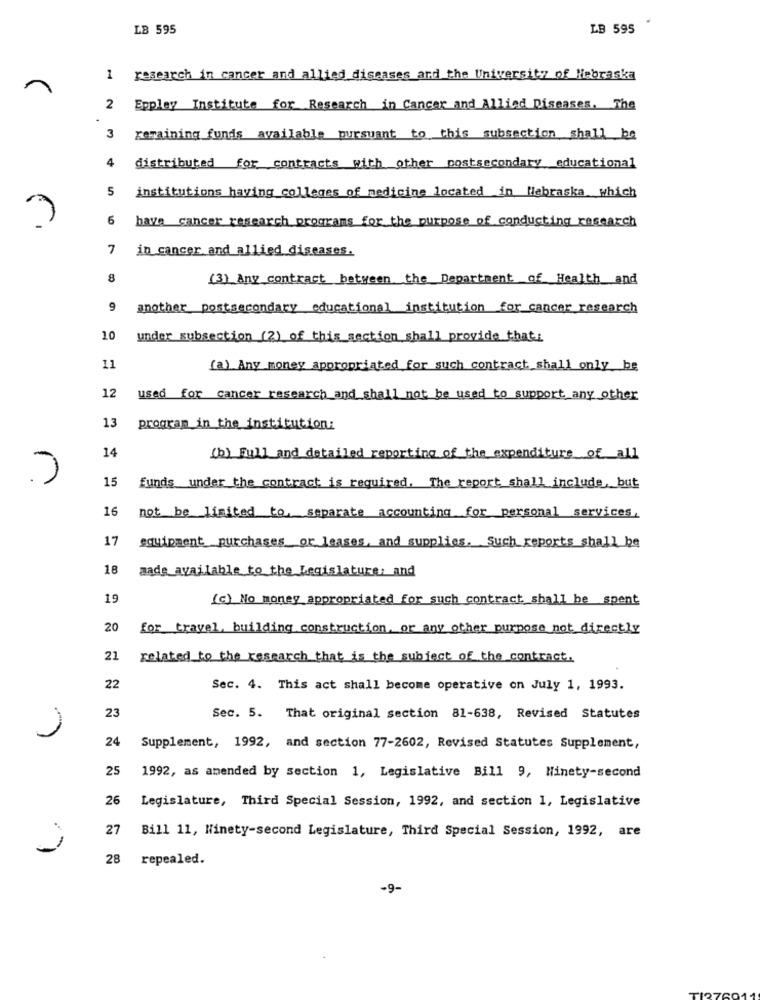
.
LB 595
LB 595
research in cancer and allied diseases ard the University of Nebraska
2 Eppley Institute for Research in Cancer and Allied Diseases. The
remaining funds available pursuant to this subsection shall be
4
distributed for contracts with other postsecondary educational
5
institutions having colleges of medicine located in Nebraska which
6
have cancer research programs for the purpose of conducting research
7
in cancer and allied diseases.
8
(3) Any contract between the Department of Health and
9
another postsecondary educational institution for cancer research
10
under subsection (2) of this section shall provide that:
11
(a) Any money appropriated for such contract shall only be
12
used for cancer research and shall not be used to support any other
13
program in the institution:
14
(b) Full and detailed reporting of the expenditure of all
15
funds under the contract is required. The report shall include, but
16
not be limited to separate accounting for personal services.
17
equipment purchases or leases,and supplies, Such_reports shall be
18
made available to the Legislature, and
19
(c) No money appropriated for such contract shall be spent
20
for travel, building construction, or any other purpose not directly
21
related to the research that is the subject of the contract.
22
Sec. 4. This act shall become operative on July 1, 1993.
23
Sec. 5. That original section 81-638, Revised Statutes
24
Supplement, 1992, and section 77-2602, Revised Statutes Supplement,
25
1992, as amended by section 1, Legislative Bill 9, Ninety-second
26
Legislature, Third Special Session, 1992, and section 1, Legislative
27
Bill 11, Ninety-second Legislature, Third Special Session, 1992, are
28
repealed.
-9-